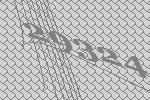
29324